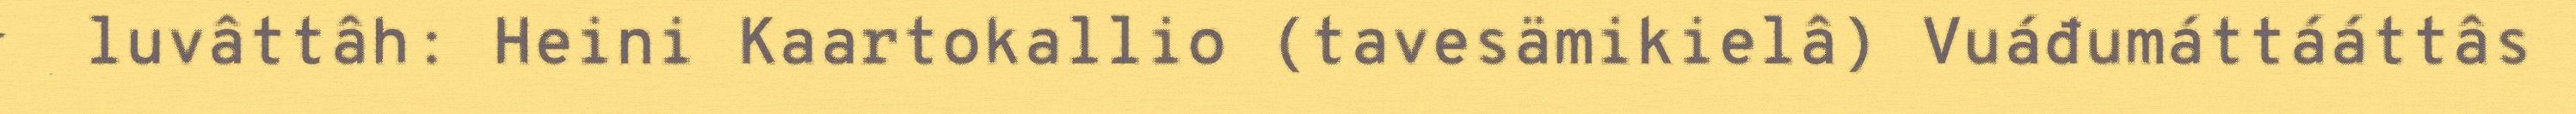
luvâttâh: Heini Kaartokallio (tavesämikielâ) Vuáđumáttááttâs